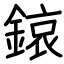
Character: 鎄